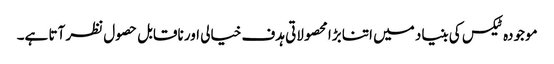
موجودہ ٹیکس کی بنیاد میں اتنا بڑا محصولاتی ہدف خیالی اور ناقابل حصول نظر آتا ہے۔